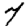
Digit: 7